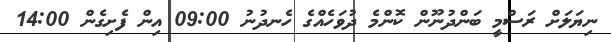
ނިޔަލަށް ރަސްމީ ބަންދުނޫން ކޮންމެ ދުވަހެއްގެ ހެނދުނު 09:00 އިން ފެށިގެން 14:00